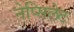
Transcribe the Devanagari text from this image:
नेप्सिलेट